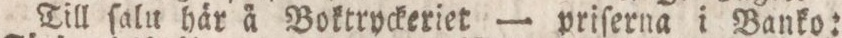
Till ſalu här å Boktryckeriet — priſerna i Banko: